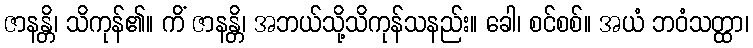
ဇာနန္တိ၊ သိကုန်၏။ ကိံ ဇာနန္တိ၊ အဘယ်သို့သိကုန်သနည်း။ ခေါ၊ စင်စစ်။ အယံ ဘဝံသတ္ထာ၊